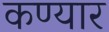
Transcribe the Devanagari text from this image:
कण्यार